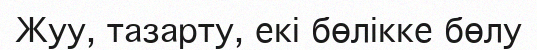
Жуу, тазарту, екі бөлікке бөлу